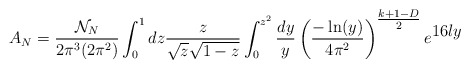
\begin{align*}A_{N} = \frac{{\cal N}_N}{2\pi^3(2\pi^2)} \int_0^1 dz \frac{z}{\sqrt{z}\sqrt{1-z}}\int_0^{z^2} \frac{dy}{y}\left(\frac{-\ln(y)}{4\pi^2}\right)^{{\textstyle{\frac{k+1-D}{2}}}} e^{{\textstyle 16ly}}\end{align*}